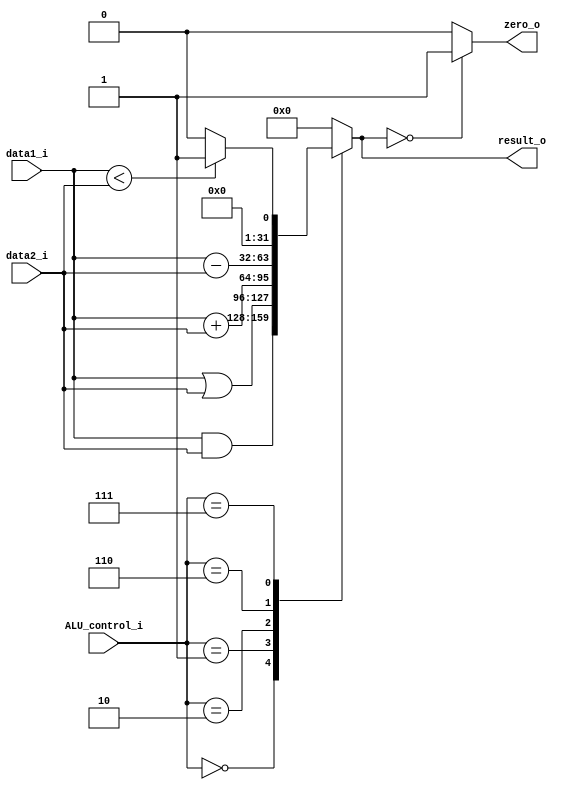
module ALU (
	input  [31:0] data1_i,
	input  [31:0] data2_i,
	input  [3:0]  ALU_control_i,
	output [31:0] result_o,
	output zero_o
);

reg [31:0] output_r;

assign result_o = output_r;
assign zero_o = (output_r == 32'b0) ? 1 : 0;

always @(*) begin
	case (ALU_control_i)
		4'b0000: output_r = data1_i & data2_i;
		4'b0001: output_r = data1_i | data2_i;
		4'b0010: output_r = data1_i + data2_i;
		4'b0110: output_r = data1_i - data2_i;
		4'b0111: output_r = ($signed(data1_i) < $signed(data2_i)) ? 1 : 0;
		default: output_r = 32'b0;
	endcase
end

endmodule